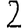
Digit: 2